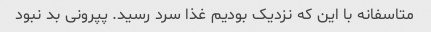
متاسفانه با این که نزدیک بودیم غذا سرد رسید. پپرونی بد نبود